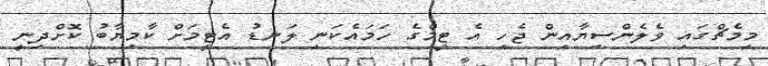
މިމެޗްގައި ވެލެންސިޔާއިން ޖެހި އެ ޓީމްގެ ހަމައެކަނި ލަނޑު އެޓީމަށް ކާމިޔާބު ކޮށްދިނީ